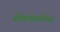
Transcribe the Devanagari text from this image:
सेफ़्लोस्पोरिन्स